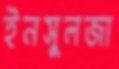
ইনসুলজা